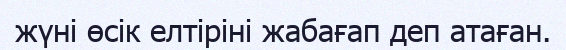
жүні өсік елтіріні жабағап деп атаған.